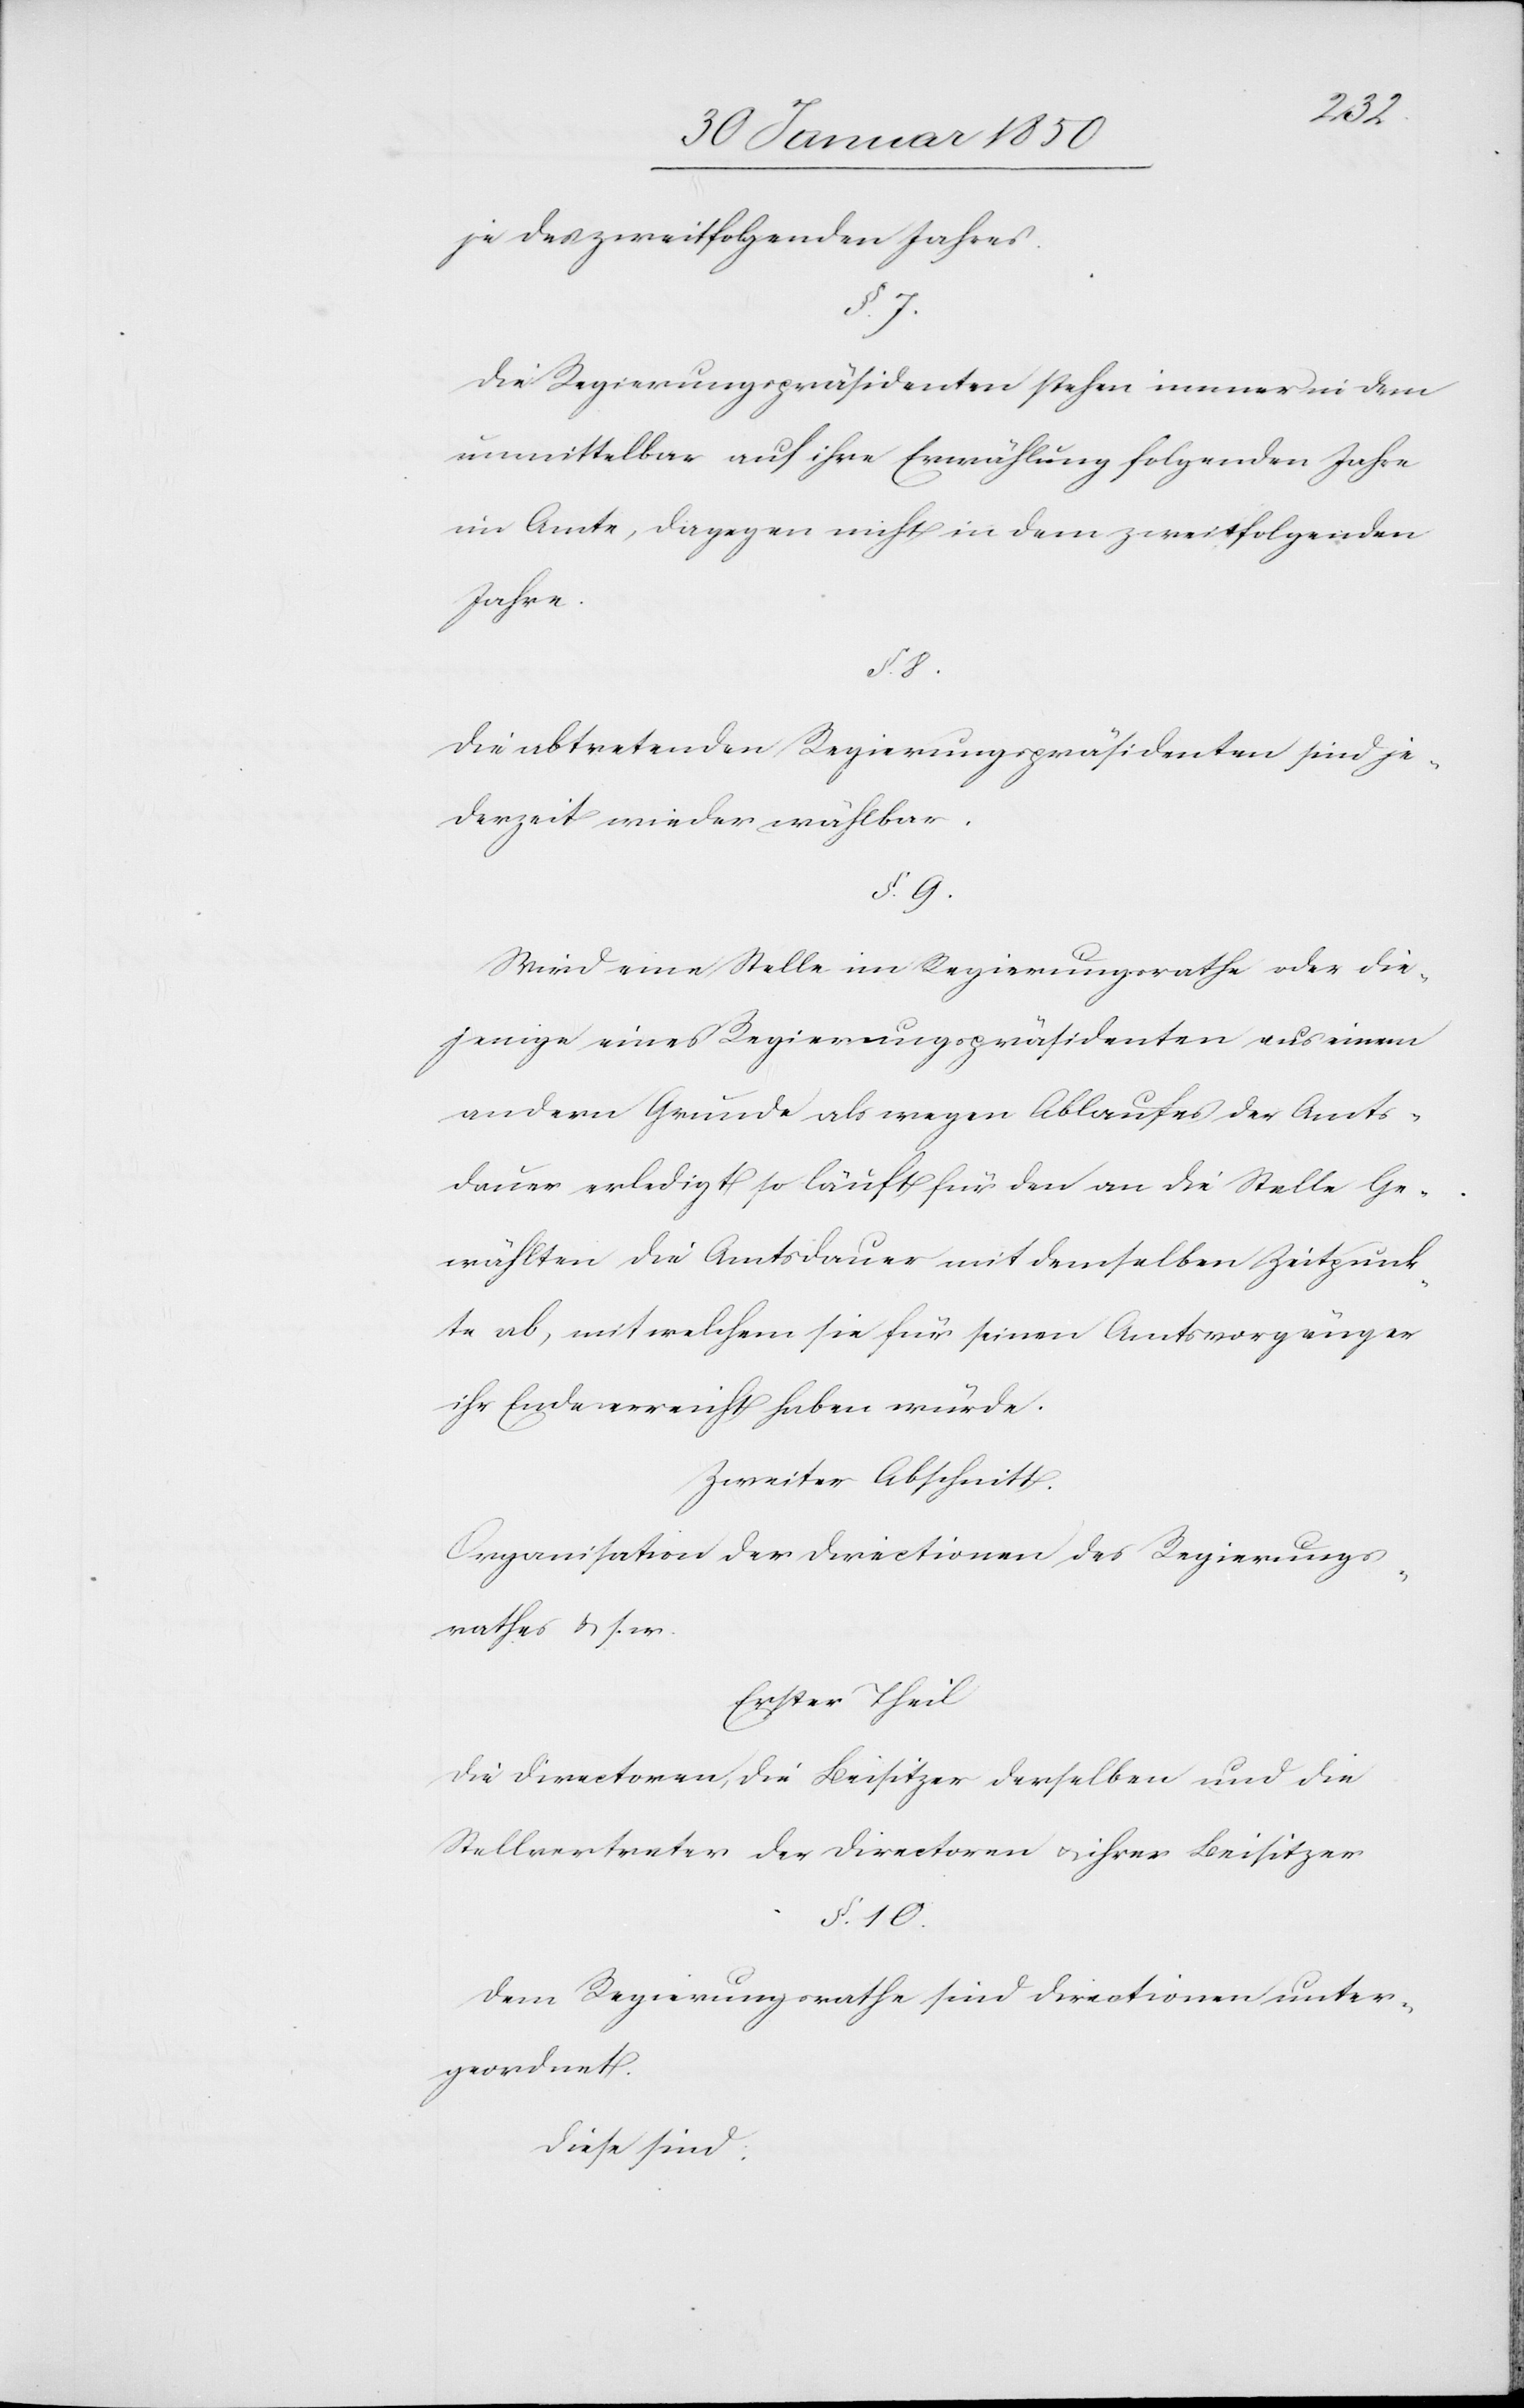
jedes zweitfolgenden Jahres.
§. 7.
Die Regierungspräsidenten stehen immer in dem
unmittelbar auf ihre Erwählung folgenden Jahre
im Amte, dagegen nicht in dem zweitfolgenden
Jahre.
§. 8.
Die abtretenden Regierungspräsidenten sind je¬
derzeit wieder wählbar.
§. 9.
Wird eine Stelle im Regierungsrathe oder die¬
jenige eines Regierungspräsidenten aus einem
andern Grunde als wegen Ablaufes der Amts¬
dauer erledigt so läuft für den an die Stelle Ge¬
wählten die Amtsdauer mit demselben Zeitpunk¬
te ab, mit welchem sie für seinen Amtsvorgänger
ihr Ende erreicht haben würde.
Zweiter Abschnitt.
Organisation der Directionen des Regierungs¬
rathes u. s. w.
Erster Theil
Die Directoren, die Beisitzer derselben und die
Stellvertreter der Directoren u. ihrer Beisitzer
§. 10.
Dem Regierungsrathe sind Directionen unter¬
geordnet.
Diese sind.